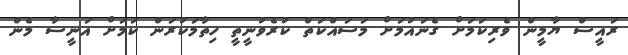
ރައީސް ޔާމީން ވެރިކަމަށް ގެނައުމަށް މަސައްކަތް ކުރެވުނީތީ ހިތާމަކުރަން ކަމަށް އަނީސާ މެން